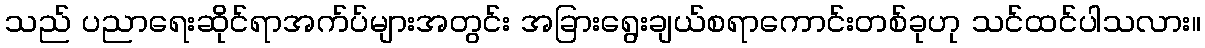
သည် ပညာရေးဆိုင်ရာအက်ပ်များအတွင်း အခြားရွေးချယ်စရာကောင်းတစ်ခုဟု သင်ထင်ပါသလား။